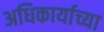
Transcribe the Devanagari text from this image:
अधिकार्याच्या